Indian journal of veterinary science and animal husbandry - Volumes 24-25, 1954-1955
Year: 1954
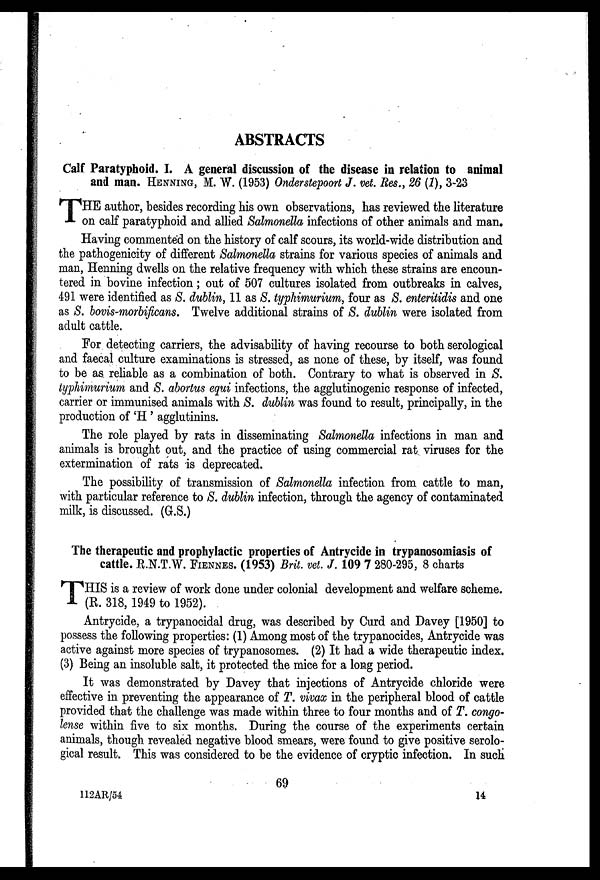
ABSTRACTS
Calf Paratyphoid. I. A general discussion of the disease in relation to animal
and man. HENNING, M. W. (1953) Onderstepoort J. vet. Res., 26 (1), 3-23
T HE author, besides recording his own observations, has reviewed the literature
on calf paratyphoid and allied Salmonella infections of other animals and man.
Having commented on the history of calf scours, its world-wide distribution and
the pathogenicity of different Salmonella strains for various species of animals and
man, Henning dwells on the relative frequency with which these strains are encoun-
tered in bovine infection; out of 507 cultures isolated from outbreaks in calves,
491 were identified as S. dublin, 11 as S. typhimurium, four as S. enteritidis and one
as S. bovis-morbificans. Twelve additional strains of S. dublin were isolated from
adult cattle.
For detecting carriers, the advisability of having recourse to both serological
and faecal culture examinations is stressed, as none of these, by itself, was found
to be as reliable as a combination of both. Contrary to what is observed in S.
typhimurium and S. abortus equi infections, the agglutinogenic response of infected,
carrier or immunised animals with S. dublin was found to result, principally, in the
production of 'H' agglutinins.
The role played by rats in disseminating Salmonella infections in man and
animals is brought out, and the practice of using commercial rat viruses for the
extermination of rats is deprecated.
The possibility of transmission of Salmonella infection from cattle to man,
with particular reference to S. dublin infection, through the agency of contaminated
milk, is discussed. (G.S.)
The therapeutic and prophylactic properties of Antrycide in trypanosomiasis of
cattle. R.N.T.W. FIENNES. (1953) Brit. vet. J. 109 7 280-295, 8 charts
T HIS is a review of work done under colonial development and welfare scheme.
(R. 318, 1949 to 1952).
Antrycide, a trypanocidal drug, was described by Curd and Davey [1950] to
possess the following properties: (1) Among most of the trypanocides, Antrycide was
active against more species of trypanosomes. (2) It had a wide therapeutic index.
(3) Being an insoluble salt, it protected the mice for a long period.
It was demonstrated by Davey that injections of Antrycide chloride were
effective in preventing the appearance of T. vivax in the peripheral blood of cattle
provided that the challenge was made within three to four months and of T. congo-
lense within five to six months. During the course of the experiments certain
animals, though revealed negative blood smears, were found to give positive serolo-
gical result. This was considered to be the evidence of cryptic infection. In such
69
112 AR/54
14